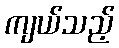
ကျယ်သည့်